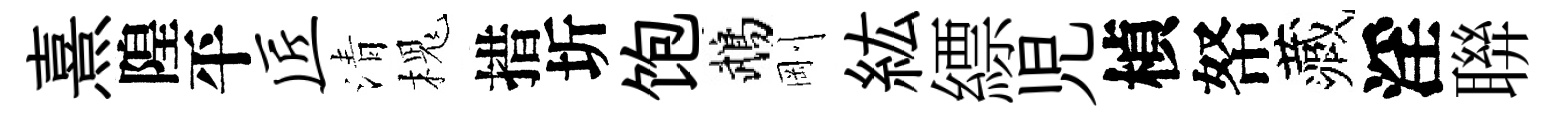
熹隍平匠清槐措圻饱鵡剛紘縹児楨帑藏淫聨